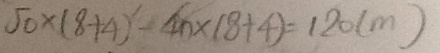
5 0 \times ( 8 + 4 ) - 4 0 \times ( 8 + 4 ) = 1 2 0 ( m )